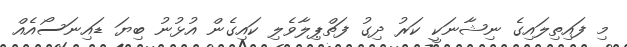
މި ފައިތިލައިގެ ނިޝާނަކީ ކަރު ދިގު ފަތްޕިލާވެލި ކައިގެން އުޅުނު ބިޔަ ޑައިނަސޯއެއް